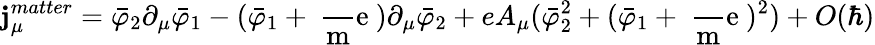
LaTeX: \mathbf{j}_{\mu}^{matter}=\bar{{\varphi}}_{2}\partial_{\mu}\bar{{\varphi}}_{1}-(\bar{{\varphi}}_{1}+\mathrm{{~\frac{~}{m}e~}})\partial_{\mu}\bar{{\varphi}}_{2}+eA_{\mu}(\bar{{\varphi}}_{2}^{2}+(\bar{{\varphi}}_{1}+\mathrm{{~\frac{~}{m}e~}})^{2})+O(\hbar)